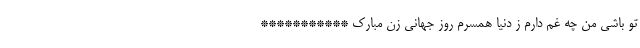
تو باشی من چه غم دارم ز دنیا همسرم روز جهانی زن مبارک ***********